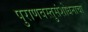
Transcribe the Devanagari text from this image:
पुराणवस्तुसंशोधनाचा